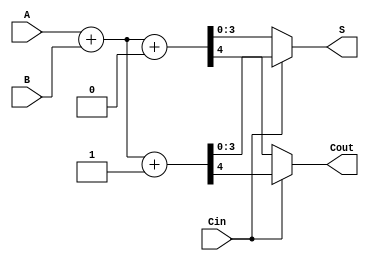
module DynamicCarrySelectAdder (
    input [3:0] A,      // First n-bit input
    input [3:0] B,      // Second n-bit input
    input Cin,          // Carry-in
    output [3:0] S,     // Sum output
    output Cout         // Carry-out
);

    wire [3:0] S0;      // Sum when Cin = 0
    wire [3:0] S1;      // Sum when Cin = 1
    wire C0;            // Carry-out when Cin = 0
    wire C1;            // Carry-out when Cin = 1

    // Full Adder for Cin = 0
    assign {C0, S0} = A + B + 1'b0;

    // Full Adder for Cin = 1
    assign {C1, S1} = A + B + 1'b1;

    // MUX to select the correct sum and carry-out based on Cin
    assign S = (Cin) ? S1 : S0;
    assign Cout = (Cin) ? C1 : C0;

endmodule